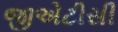
જીએટીસી